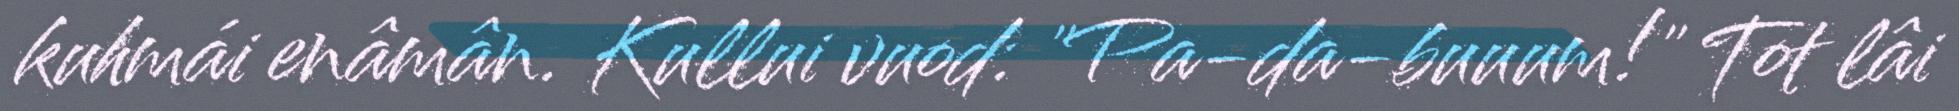
kuhmái enâmân. Kullui vuod: "Pa-da-buuum!" Tot lâi